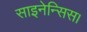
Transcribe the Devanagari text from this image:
साइनेन्सिस।